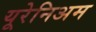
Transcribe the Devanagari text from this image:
यूरेनिअम